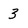
Character: 3